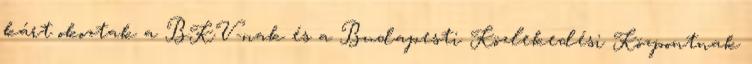
kárt okoztak a BKV-nak és a Budapesti Közlekedési Központnak